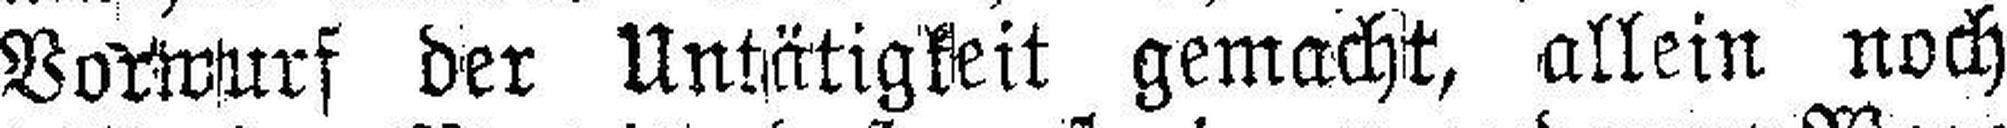
Vorwurf der Untätigkeit gemacht, allein noch